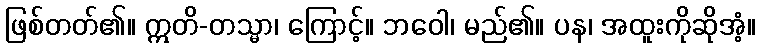
ဖြစ်တတ်၏။ ဣတိ-တသ္မာ၊ ကြောင့်။ ဘဝေါ၊ မည်၏။ ပန၊ အထူးကိုဆိုအံ့။